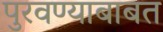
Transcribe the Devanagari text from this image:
पुरवण्याबाबत